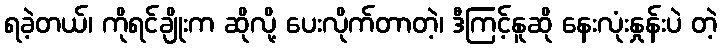
ရခဲ့တယ်၊ ကိုရင်ချိုးက ဆိုလို့ ပေးလိုက်တာတဲ့၊ ဒီကြင့်နူဆို နေးလုံးနှုန်းပဲ တဲ့